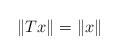
LaTeX: \begin{align*} \|Tx\|=\|x\|\end{align*}